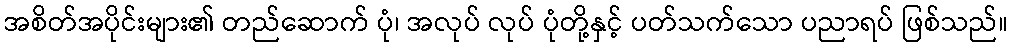
အစိတ်အပိုင်းများ၏ တည်ဆောက် ပုံ၊ အလုပ် လုပ် ပုံတို့နှင့် ပတ်သက်သော ပညာရပ် ဖြစ်သည်။